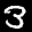
Label: 3